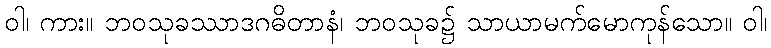
ဝါ၊ ကား။ ဘဝသုခဿာဒဂဓိတာနံ၊ ဘဝသုခ၌ သာယာမက်မောကုန်သော။ ဝါ၊